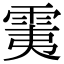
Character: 䨑